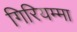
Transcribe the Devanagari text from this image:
गिरियम्मा